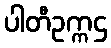
ပါတီဥက္ကဌ